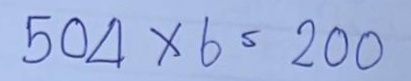
504 x 6 = 200